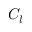
C _ { l }